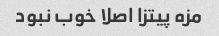
مزه پیتزا اصلا خوب نبود